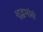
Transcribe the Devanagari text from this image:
शुद्धमांसं